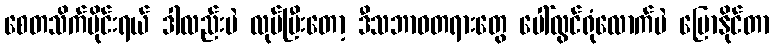
စေတသိက်ပိုင်းရယ် ဒါလည်းပဲ လုပ်ပြီးတော့ ဒီသဘာဝတရားတွေ ပေါ်လွင်ရုံလောက်ပဲ ပြောနိုင်တာ